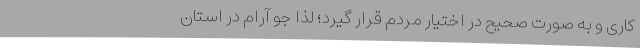
کاری و به صورت صحیح در اختیار مردم قرار گیرد؛ لذا جو آرام در استان